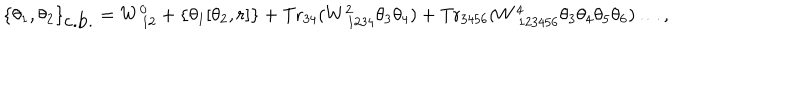
\{ \theta _ { 1 } , \theta _ { 2 } \} _ { \mathrm { c . b . } } = W _ { ~ 1 2 } ^ { 0 } + \left\{ \theta _ { 1 } [ \theta _ { 2 } , r ] \right\} + \mathrm { T r } _ { 3 4 } ( W _ { ~ 1 2 3 4 } ^ { 2 } \theta _ { 3 } \theta _ { 4 } ) + \mathrm { T r } _ { 3 4 5 6 } ( W _ { ~ 1 2 3 4 5 6 } ^ { 4 } \theta _ { 3 } \theta _ { 4 } \theta _ { 5 } \theta _ { 6 } ) \ldots ,